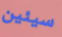
سيئين